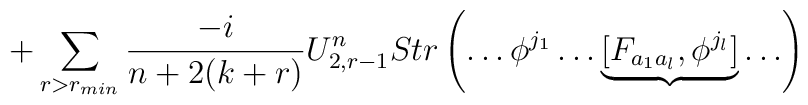
+\sum_{r>r_{min}}\frac{-i}{n+2(k+r)}U^n_{2,r-1}Str\left(\ldots \phi^{j_1}\ldots \underbrace{[F_{a_1a_l},\phi^{j_l}]}\ldots \right)